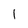
Character: 1